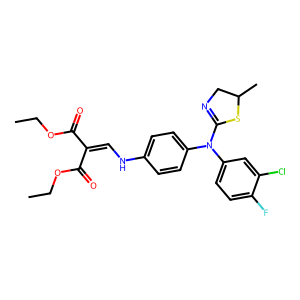
SMILES: CCOC(=O)C(=CNc1ccc(N(C2=NCC(C)S2)c2ccc(F)c(Cl)c2)cc1)C(=O)OCC
Inhibits HIV replication: No